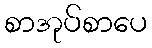
စာအုပ်စာပေ